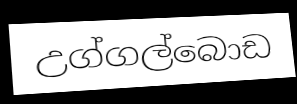
උග්ගල්බොඩ